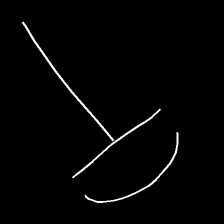
Glyph: dispersion